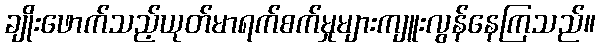
ချိုးဖောက်သည့်ယုတ်မာရက်စက်မှုများကျူးလွန်နေကြသည်။